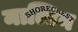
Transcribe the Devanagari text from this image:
माल्टिन